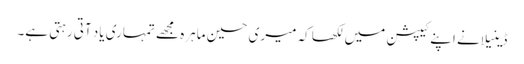
ڈینیلا نے اپنے کیپشن میں لکھا کہ میری حسین ماہرہ مجھے تمہاری یاد آتی رہتی ہے۔